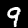
Digit: 9